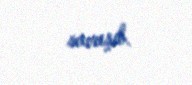
savaşıb.